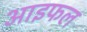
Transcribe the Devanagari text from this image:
आइफल